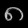
Digit: ၈